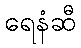
ရေနံဆီ